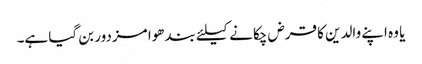
یا وہ اپنے والدین کا قرض چکانے کیلئے بندھوا مزدور بن گیا ہے۔